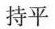
持平